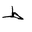
Letter: _da